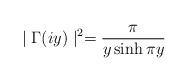
LaTeX: \begin{align*}\mid \Gamma (iy)\mid ^2=\frac \pi {y\sinh \pi y}\end{align*}